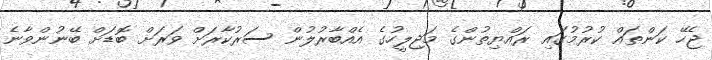
ޖެހޭ ކަންތައް ކުރުމުގައި ރައްޔިތުންގެ މަޖިލީހުގެ އެއްބާރުލުން ސަރުކާރަށް ވަރަށް ބޮޑަށް ބޭނުންވާނެ